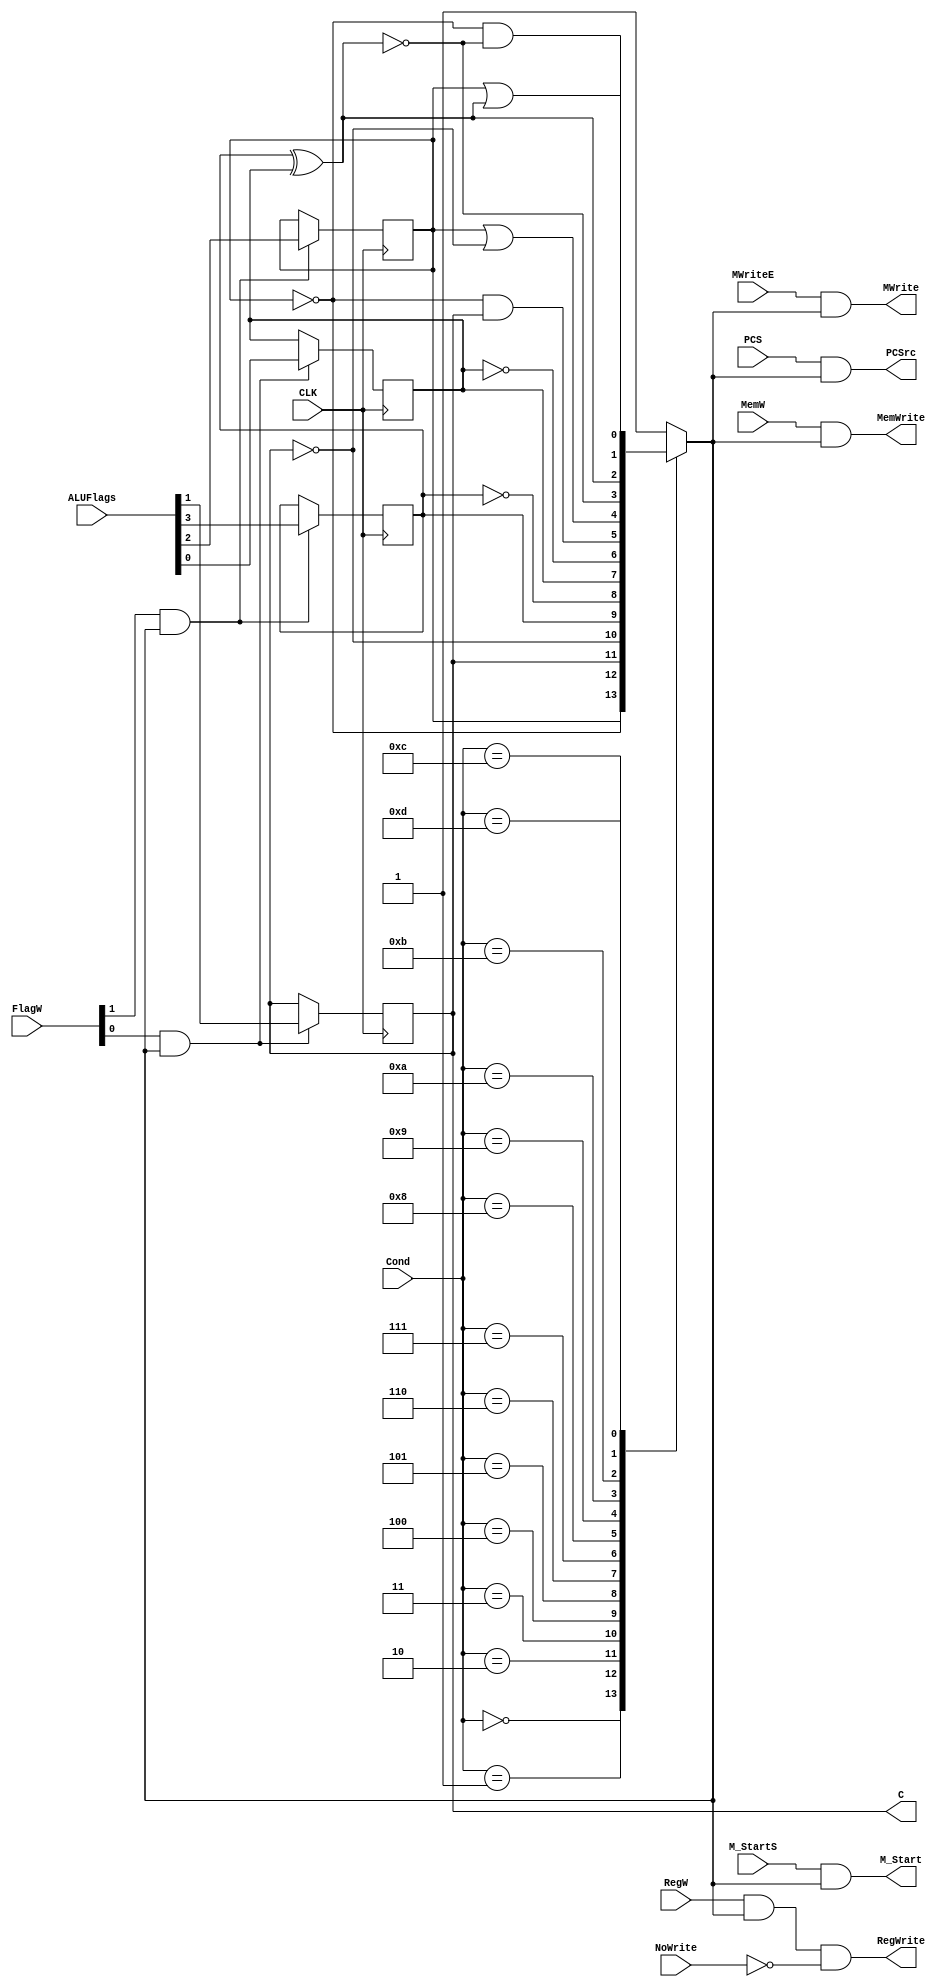
module CondLogic(
    input CLK,
    input PCS,
    input RegW,
    input MemW,
    input [1:0] FlagW,
    input [3:0] Cond,
    input [3:0] ALUFlags,
    input NoWrite,
    input M_StartS, 
    
    output PCSrc,
    output RegWrite,
    output MemWrite,

    output M_Start,

    input MWriteE,
    output MWrite,

    output reg C = 0
    ); 
    
    reg CondEx;
    reg N = 0;
    // reg C = 0;
    reg Z = 0;
    reg V = 0;
    
    always @(posedge CLK) begin
        if(FlagW[1] & CondEx) {N, Z} <= ALUFlags[3:2];
        if(FlagW[0] & CondEx) {C, V} <= ALUFlags[1:0];
    end

    always @(*) begin
        case(Cond)  
            4'b0000:    CondEx = Z;
            4'b0001:    CondEx = ~Z;
            4'b0010:    CondEx = C;
            4'b0011:    CondEx = ~C;
            4'b0100:    CondEx = N;
            4'b0101:    CondEx = ~N;
            4'b0110:    CondEx = V;
            4'b0111:    CondEx = ~V;
            4'b1000:    CondEx = (~Z)&C;
            4'b1001:    CondEx = Z | (~C);
            4'b1010:    CondEx = ~(N^V);
            4'b1011:    CondEx = N^V;
            4'b1100:    CondEx = ~Z & ~(N^V);
            4'b1101:    CondEx = Z | (N^V);
            default:    CondEx = 1;
        endcase
    end

    assign PCSrc = PCS & CondEx;
    assign RegWrite = RegW & CondEx & ~NoWrite;
    assign MemWrite = MemW & CondEx;
    assign M_Start = M_StartS & CondEx;
    assign MWrite = MWriteE & CondEx;
endmodule